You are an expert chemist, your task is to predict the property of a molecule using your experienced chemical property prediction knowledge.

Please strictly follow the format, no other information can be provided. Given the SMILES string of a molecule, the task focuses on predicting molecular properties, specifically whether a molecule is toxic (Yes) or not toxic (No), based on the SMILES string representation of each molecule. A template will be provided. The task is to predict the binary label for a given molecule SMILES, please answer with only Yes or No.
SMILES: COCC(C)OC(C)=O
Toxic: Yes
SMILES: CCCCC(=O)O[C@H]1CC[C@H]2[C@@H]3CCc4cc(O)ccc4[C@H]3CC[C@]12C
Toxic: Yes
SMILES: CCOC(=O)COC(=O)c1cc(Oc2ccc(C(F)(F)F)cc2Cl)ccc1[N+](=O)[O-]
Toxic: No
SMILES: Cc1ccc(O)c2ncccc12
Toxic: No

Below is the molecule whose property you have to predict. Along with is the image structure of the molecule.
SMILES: C=CCc1ccccc1O
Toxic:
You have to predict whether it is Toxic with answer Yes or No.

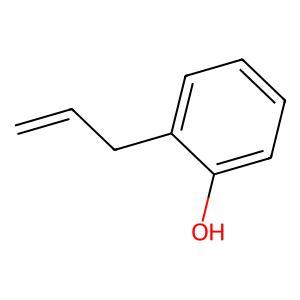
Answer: No